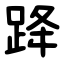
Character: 跭